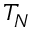
T _ { N }